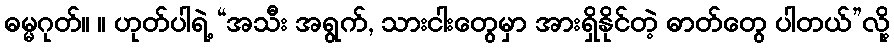
ဓမ္မဂုတ်။ ။ ဟုတ်ပါရဲ့ “အသီး အရွက်, သားငါးတွေမှာ အားရှိနိုင်တဲ့ ဓာတ်တွေ ပါတယ်”လို့